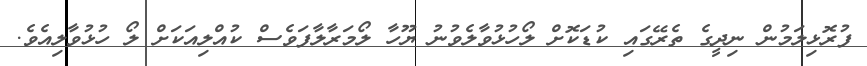
ފުރޮޅިލަމުން ނިދީގެ ތެރޭގައި ކުޑަކޮށް ލޯހުޅުވާލެވުނު ޔޫހާ ލޯމަރާލާފަވެސް ކުއްލިއަކަށް ލޯ ހުޅުވާލިއެވެ.